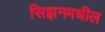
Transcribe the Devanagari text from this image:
सिझनमधील